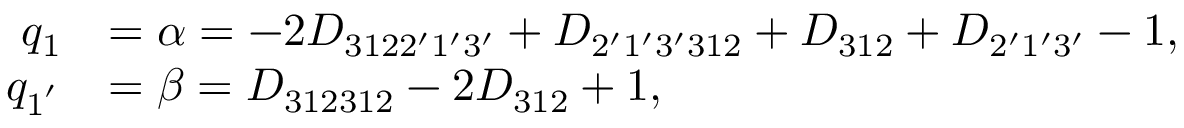
\begin{array} { r l } { q _ { 1 } } & { = \alpha = - 2 { D _ { 3 1 2 2 ^ { \prime } 1 ^ { \prime } 3 ^ { \prime } } } + { D _ { 2 ^ { \prime } 1 ^ { \prime } 3 ^ { \prime } 3 1 2 } } + { D _ { 3 1 2 } } + { D _ { 2 ^ { \prime } 1 ^ { \prime } 3 ^ { \prime } } } - 1 , } \\ { q _ { 1 ^ { ' } } } & { = \beta = { D _ { 3 1 2 3 1 2 } } - 2 { D _ { 3 1 2 } } + 1 , } \end{array}